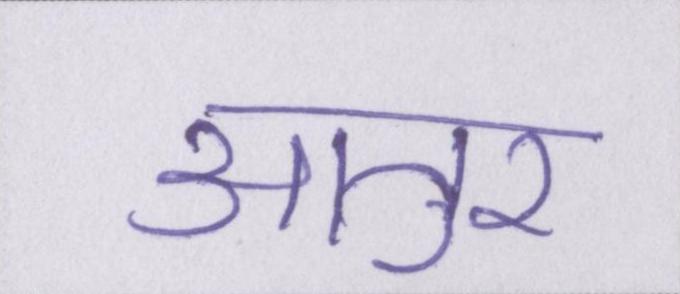
आतुर